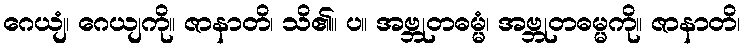
ဂေယျံ၊ ဂေယျကို။ ဇာနာတိ၊ သိ၏။ ပ။ အဗ္ဘုတဓမ္မံ၊ အဗ္ဘုတဓမ္မကို။ ဇာနာတိ၊